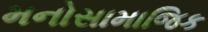
મનોસામાજિક